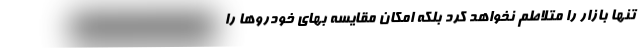
تنها بازار را متلاطم‌ نخواهد کرد بلکه امکان مقایسه بهای خودروها را